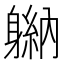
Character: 𬧮